Malaria in the Punjab - Number 46
Disease focus: Malaria
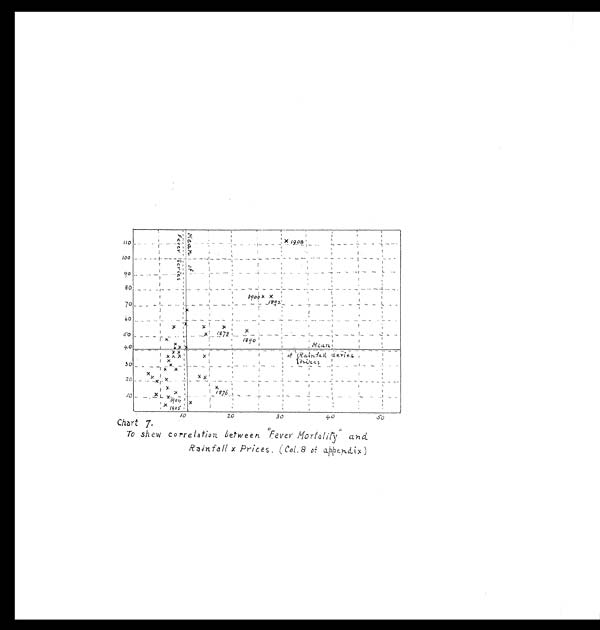
Chart 7.
To skew correlation between "Fever Mortalily" and
Rainfall x Prices. (Col. 8 of appendix)